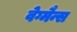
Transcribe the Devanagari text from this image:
वेग्मैन्स